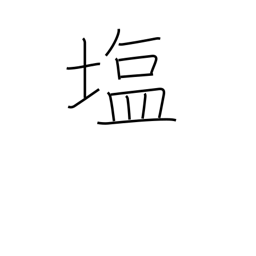
Meaning: salt